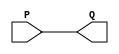
module inpad (
    output Q,
    (* iopad_external_pin *)
    input  P
);
  assign Q = P;
endmodule